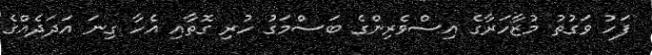
ފަހު ވަގުތު މުޒާހަރާގެ އިސްވެރިންގެ ބަސްމަގު ހުރި ގޮތާއި އެހާ ގިނަ އަަދަދެއްގެ